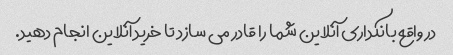
در واقع بانکداری آنلاین شما را قادر می سازد تا خرید آنلاین انجام دهید.